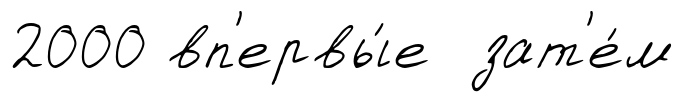
2000 вп'ервы́е зат'е́м